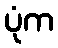
ပုံက